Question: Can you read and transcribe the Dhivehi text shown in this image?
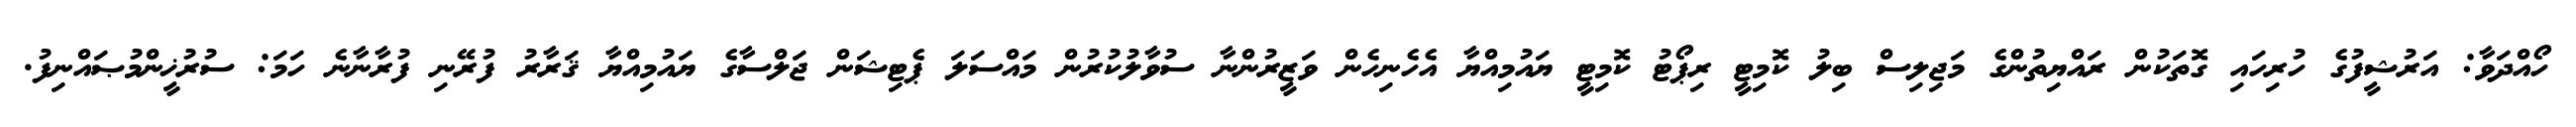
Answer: ހޯއްދަވާ: އަރުޝީފުގެ ހުރިހައި ގޮތަކުން ރައްޔިތުންގެ މަޖިލިސް ބިލު ކޮމިޓީ ރިޕޯޓު ކޮމިޓީ ޔައުމިއްޔާ އެހެނިހެން ވަޒީރުންނާ ސުވާލުކުރުން މައްސަލަ ޕެޓިޝަން ޖަލްސާގެ ޔައުމިއްޔާ ޤަރާރު ފުރޭނި ފުރާނާނެ ހަމަ: ސުރުޚީންމުޞައްނިފު.